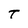
Character: T